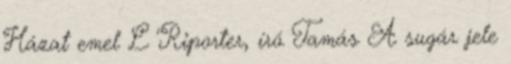
Házat emel L Riporter, író Tamás A sugár jele